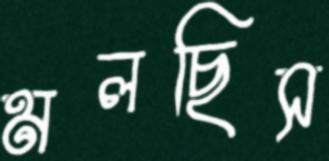
মলছিস